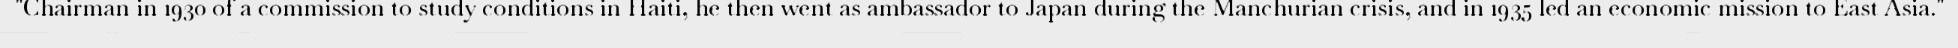
"Chairman in 1930 of a commission to study conditions in Haiti, he then went as ambassador to Japan during the Manchurian crisis, and in 1935 led an economic mission to East Asia."